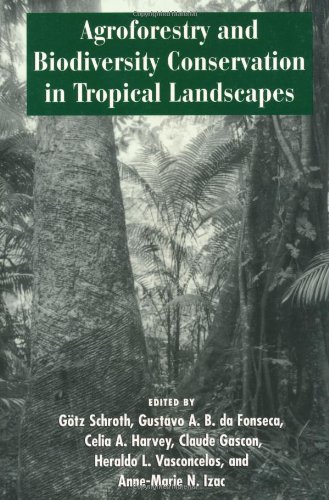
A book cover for Agroforestry and Biodiversity Conservation in Tropical Landscapes; Science & Math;